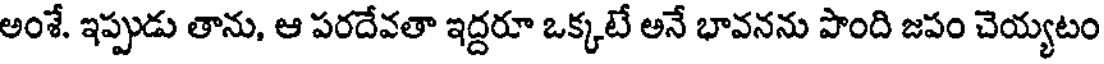
అంశే. ఇప్పుడు తాను, ఆ పరదేవతా ఇద్దరూ ఒక్కటే అనే భావనను పొంది జపం చెయ్యటం